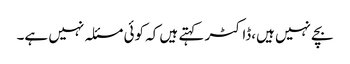
بچے نہیں ہیں،ڈاکٹر کہتے ہیں کہ کوئی مسئلہ نہیں ہے۔